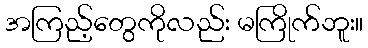
အကြည့်တွေကိုလည်း မကြိုက်ဘူး။